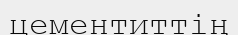
цементиттің